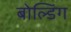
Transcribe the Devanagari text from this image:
बोल्डिंग